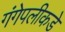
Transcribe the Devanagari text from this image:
गंगेपलीकडे